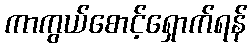
ကာကွယ်စောင့်ရှောက်ရန်